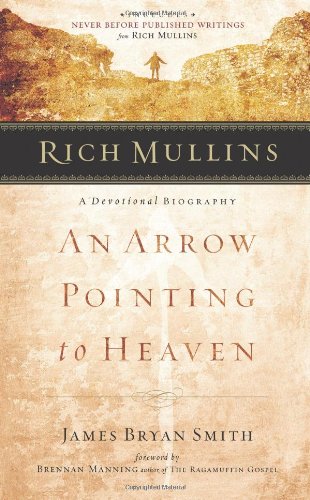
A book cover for Rich Mullins: A Devotional Biography: An Arrow Pointing to Heaven; James  Bryan Smith; Christian Books & Bibles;